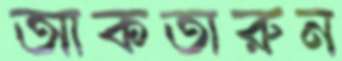
আকতারুন